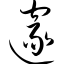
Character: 邃